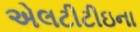
એલટીટીઇના